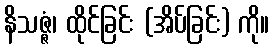
နိသဇ္ဇံ၊ ထိုင်ခြင်း (အိပ်ခြင်း) ကို။